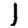
Digit: 1